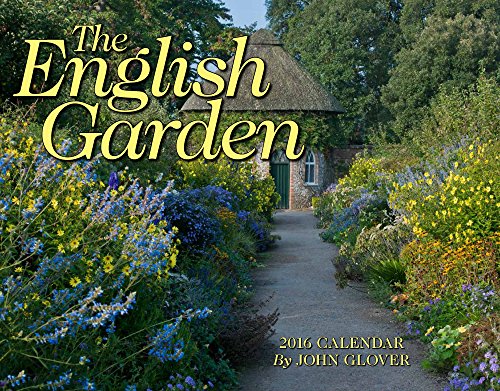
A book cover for The English Garden 2016 Calendar 11x14; John Glover; Calendars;